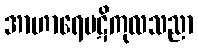
အာဟာရေပဋိကုလသညာ